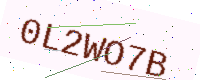
Text: 0L2WO7B